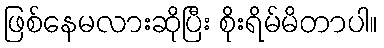
ဖြစ်နေမလားဆိုပြီး စိုးရိမ်မိတာပါ။